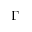
\Gamma